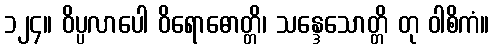
၁၂၄။ ဝိပ္ပလာပေါ ဝိရောဓောတ္တိ၊ သန္ဒေသောတ္တိ တု ဝါစိကံ။